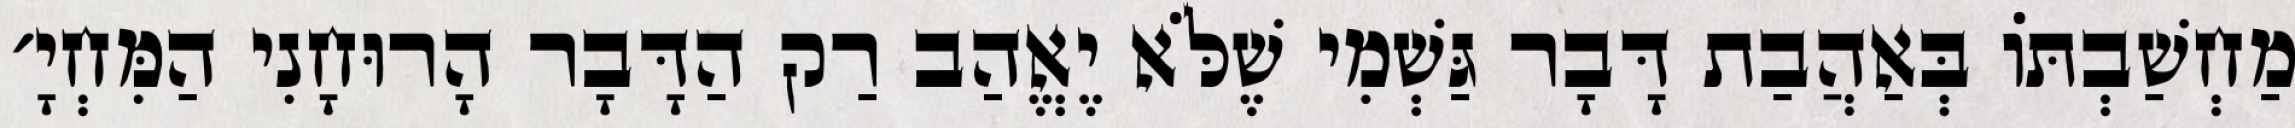
מַחְשַׁבְתּוֹ בְּאַהֲבַת דָּבָר גַּשְׁמִי שֶׁלֹּא יֶאֱהַב רַק הַדָּבָר הָרוּחָנִי הַמִּחְיָ׳